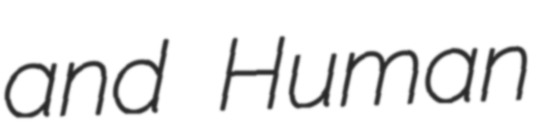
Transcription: and Human